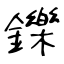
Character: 鑠